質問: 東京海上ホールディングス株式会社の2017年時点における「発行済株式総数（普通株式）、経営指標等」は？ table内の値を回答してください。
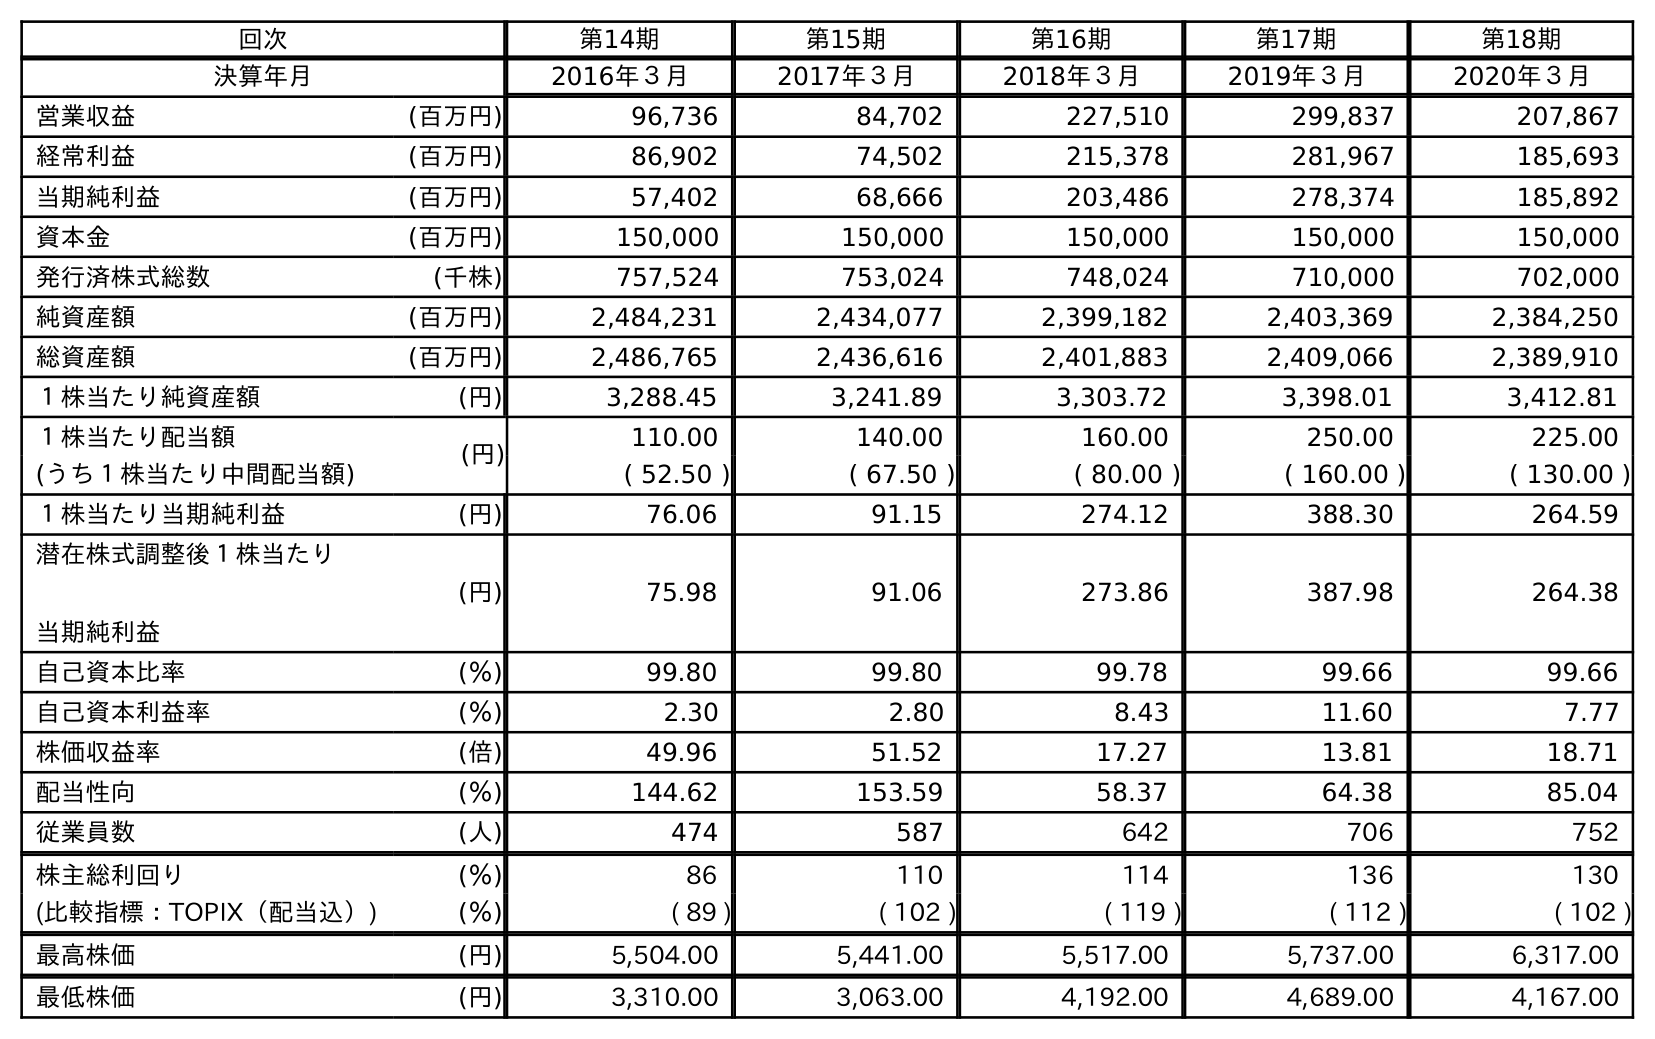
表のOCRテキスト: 回次 第14期 第15期 第16期 第17期 第18期 決算年月 2016年３月 2017年３月 2018年３月 2019年３月 2020年３月 営業収益 (百万円) 96,736 84,702 227,510 299,837 207,867 経常利益 (百万円) 86,902 74,502 215,378 281,967 185,693 当期純利益 (百万円) 57,402 68,666 203,486 278,374 185,892 資本金 (百万円) 150,000 150,000 150,000 150,000 150,000 発行済株式総数 (千株) 757,524 753,024 748,024 710,000 702,000 純資産額 (百万円) 2,484,231 2,434,077 2,399,182 2,403,369 2,384,250 総資産額 (百万円) 2,486,765 2,436,616 2,401,883 2,409,066 2,389,910 １株当たり純資産額 (円) 3,288.45 3,241.89 3,303.72 3,398.01 3,412.81 １株当たり配当額 (円) 110.00 140.00 160.00 250.00 225.00 (うち１株当たり中間配当額) ( 52.50 ) ( 67.50 ) ( 80.00 ) ( 160.00 ) ( 130.00 ) １株当たり当期純利益 (円) 76.06 91.15 274.12 388.30 264.59 潜在株式調整後１株当たり 当期純利益 (円) 75.98 91.06 273.86 387.98 264.38 自己資本比率 (％) 99.80 99.80 99.78 99.66 99.66 自己資本利益率 (％) 2.30 2.80 8.43 11.60 7.77 株価収益率 (倍) 49.96 51.52 17.27 13.81 18.71 配当性向 (％) 144.62 153.59 58.37 64.38 85.04 従業員数 (人) 474 587 642 706 752 株主総利回り (％) 86 110 114 136 130 (比較指標：TOPIX（配当込）) (％) ( 89 ) ( 102 ) ( 119 ) ( 112 ) ( 102 ) 最高株価 (円) 5,504.00 5,441.00 5,517.00 5,737.00 6,317.00 最低株価 (円) 3,310.00 3,063.00 4,192.00 4,689.00 4,167.00
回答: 753,024